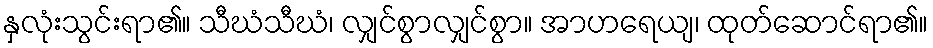
နှလုံးသွင်းရာ၏။ သီဃံသီဃံ၊ လျှင်စွာလျှင်စွာ။ အာဟရေယျ၊ ထုတ်ဆောင်ရာ၏။